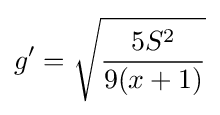
g'={\sqrt {\frac {5S^{2}}{9(x+1)}}}